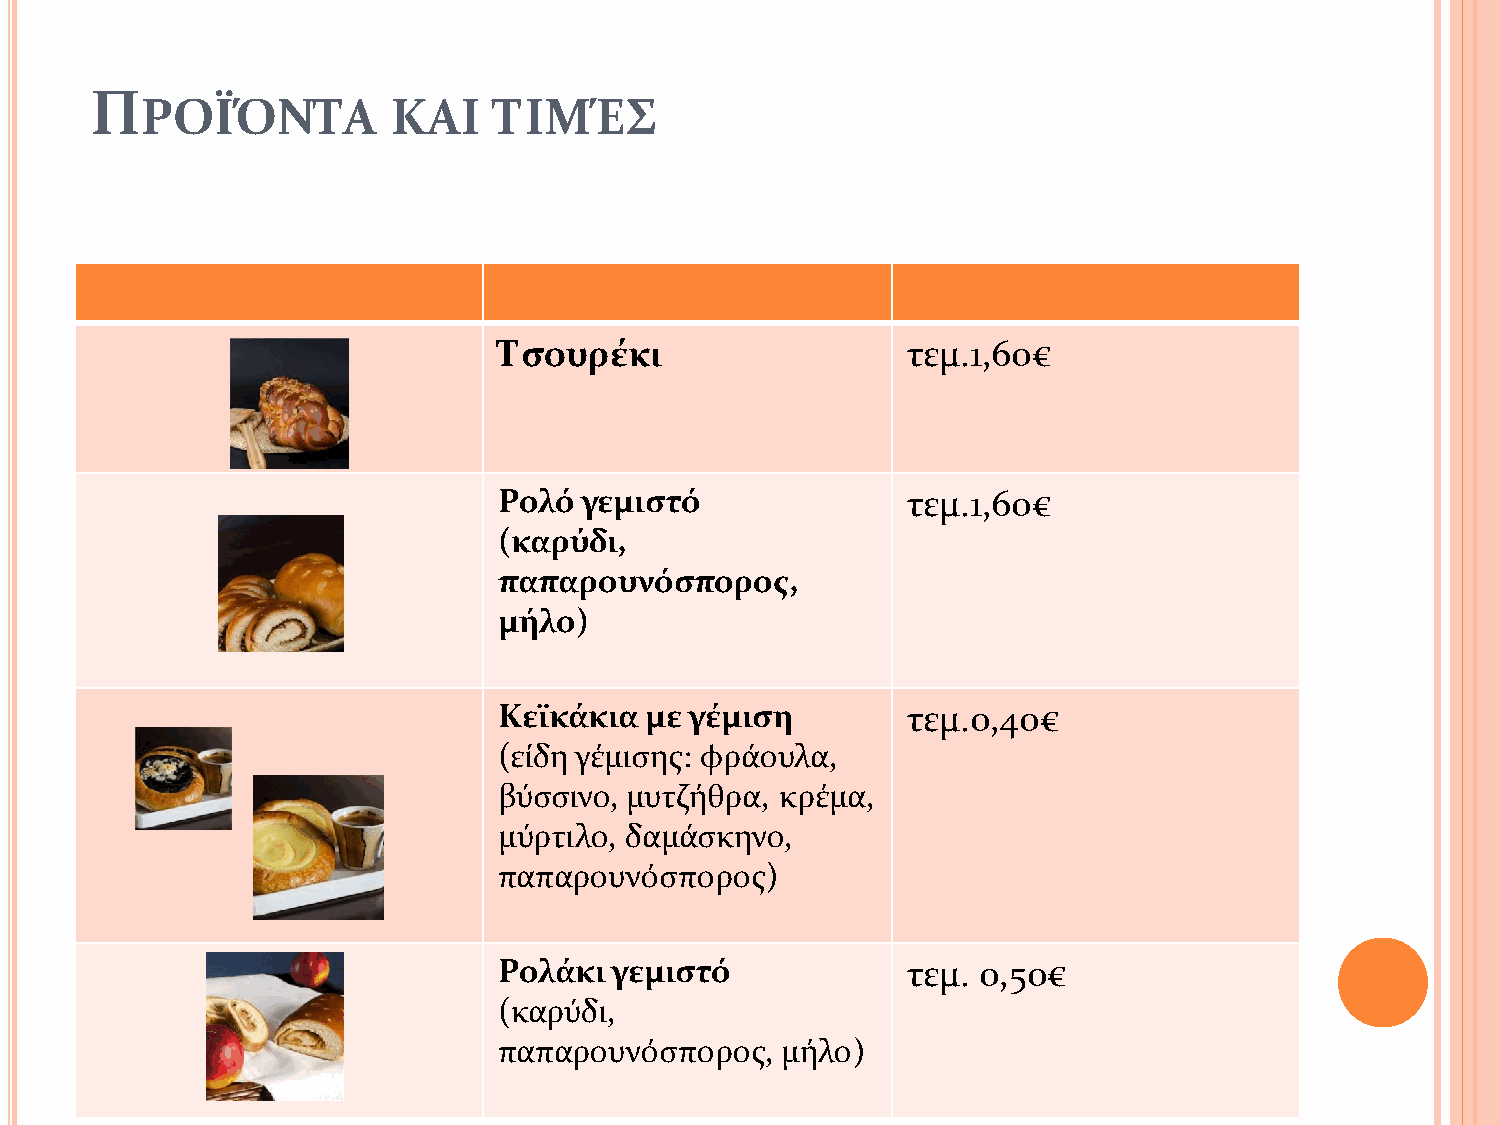
Π
 ΡΟΪΌΝΤΑ          ΚΑΙ    ΤΙΜΈΣ
 Τσουρέκι                   τεμ.1,60€
 Ρολό γεμιστό               τεμ.1,60€
 (καρύδι,
 παπαρουνόσπορος,
 μήλο)
 Κεϊκάκια  με γέμιση        τεμ.0,40€
 (είδη γέμισης: φράουλα,
 βύσσινο, μυτζήθρα, κρέμα,
 μύρτιλο, δαμάσκηνο,
 παπαρουνόσπορος)
 Ρολάκι γεμιστό             τεμ. 0,50€
 (καρύδι,
 παπαρουνόσπορος,   μήλο)